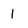
Character: 1